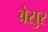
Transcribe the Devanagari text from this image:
बेसुर